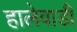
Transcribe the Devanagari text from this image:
हालेवाडी